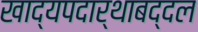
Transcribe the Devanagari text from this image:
खाद्यपदार्थाबद्दल